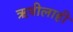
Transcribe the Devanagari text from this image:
ऋषीलाही